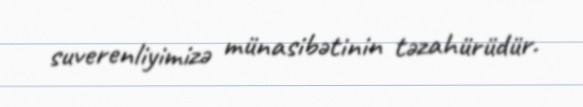
suverenliyimizə münasibətinin təzahürüdür.